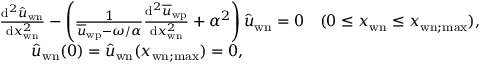
\begin{array} { r l } & { \frac { \mathrm { d } ^ { 2 } \hat { u } _ { \mathrm { w n } } } { \mathrm { d } x _ { \mathrm { w n } } ^ { 2 } } - \left( \frac { 1 } { \overline { { u } } _ { \mathrm { w p } } - \omega / \alpha } \frac { \mathrm { d } ^ { 2 } \overline { { u } } _ { \mathrm { w p } } } { \mathrm { d } x _ { \mathrm { w n } } ^ { 2 } } + \alpha ^ { 2 } \right) \hat { u } _ { \mathrm { w n } } = 0 \quad ( 0 \leq x _ { \mathrm { w n } } \leq x _ { \mathrm { w n } ; \mathrm { m a x } } ) , } \\ & { \qquad \hat { u } _ { \mathrm { w n } } ( 0 ) = \hat { u } _ { \mathrm { w n } } ( x _ { \mathrm { w n } ; \mathrm { m a x } } ) = 0 , } \end{array}